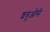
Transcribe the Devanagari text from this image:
शत्रुओंसे